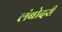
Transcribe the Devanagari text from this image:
लंबोदरी